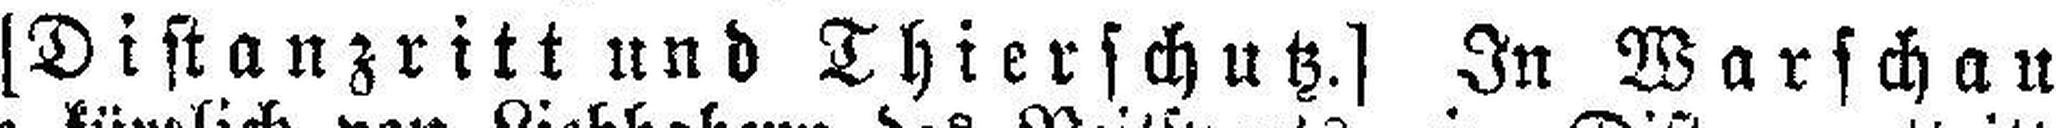
[Distanzritt und Thierschutz.] In Warschau